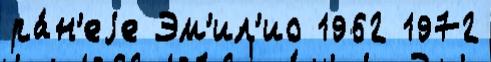
ра́н'еjе Эм'ил'ио 1962 1972